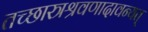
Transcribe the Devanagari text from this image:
तच्छास्त्रश्रवणादावन्यत्